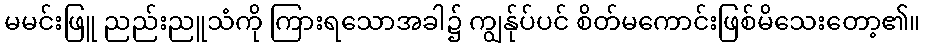
မမင်းဖြူ ညည်းညူသံကို ကြားရသောအခါ၌ ကျွန်ုပ်ပင် စိတ်မကောင်းဖြစ်မိသေးတော့၏။